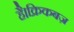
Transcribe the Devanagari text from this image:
है।क्रिकबज़